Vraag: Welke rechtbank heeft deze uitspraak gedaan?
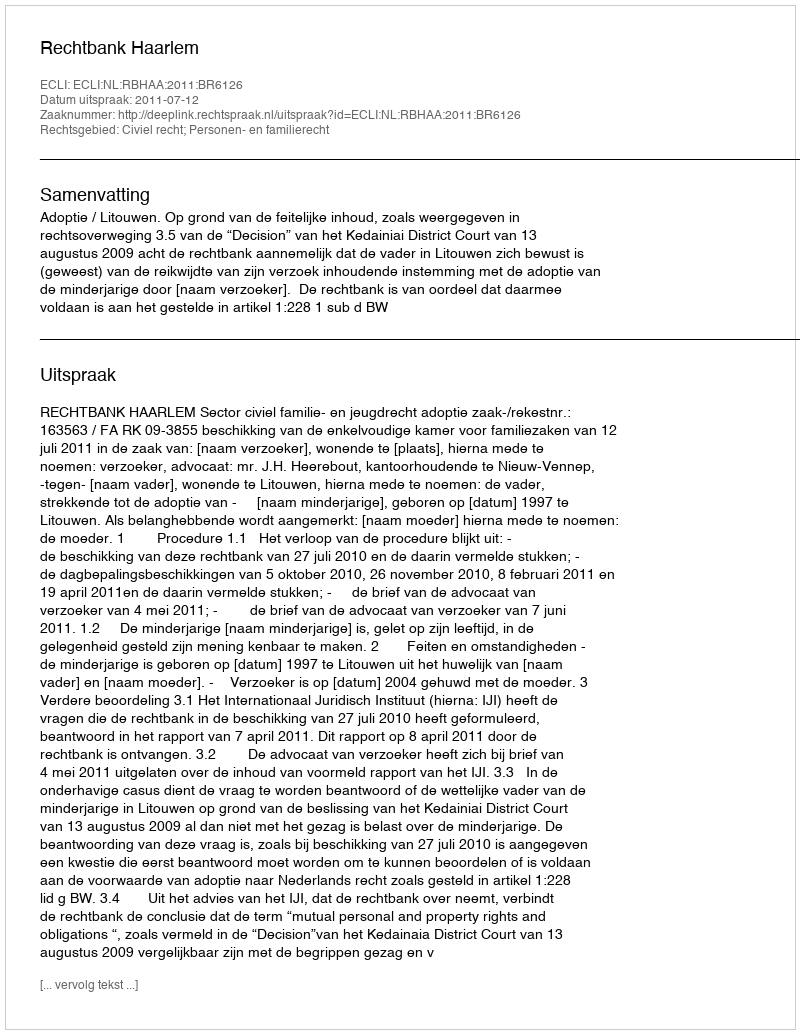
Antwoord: Rechtbank Haarlem